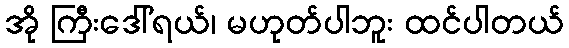
အို ကြီးဒေါ်ရယ်၊ မဟုတ်ပါဘူး ထင်ပါတယ်